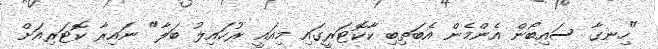
"ހިނގާ ސައިބޯން އެންމެން އެބަތިބި ކާކޮޓަރީގައި މިއައީ ރުހައިލު ބަލާ" ނައިރާ ކޮޓަރިއަށް